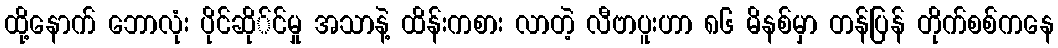
ထို့နောက် ဘောလုံး ပိုင်ဆို်င်မှု အသာနဲ့ ထိန်းကစား လာတဲ့ လီဗာပူးဟာ ၈၆ မိနစ်မှာ တန်ပြန် တိုက်စစ်ကနေ